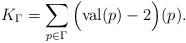
LaTeX: \begin{align*}K_{\Gamma} = \sum_{p \in \Gamma} \Big(\textrm{val}(p)-2 \Big)(p).\end{align*}